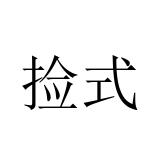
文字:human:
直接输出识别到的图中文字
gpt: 捡式